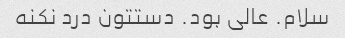
سلام. عالی بود. دستتون درد نکنه